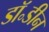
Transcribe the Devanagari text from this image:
डॉ॰डीन